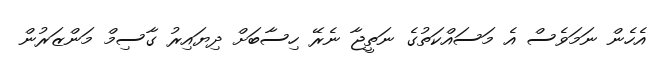
އެހެން ނަމަވެސް އެ މަސައްކަތުގެ ނަތީޖާ ނެރޭ ހިސާބަށް ދިޔައިރު ގާސިމް މަންޒަރުން